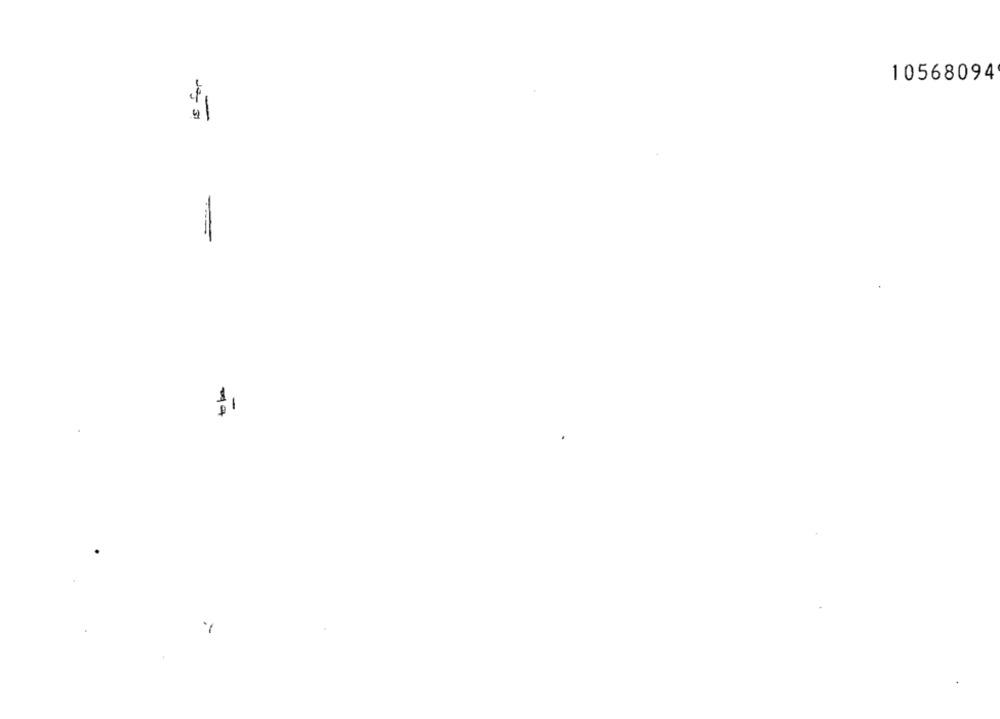
10568094